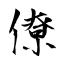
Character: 僚